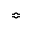
\Bumpeq